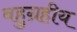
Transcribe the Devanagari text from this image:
बहुग्रहीय